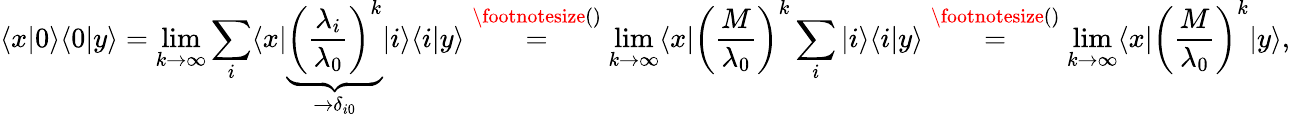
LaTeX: \langle x|0\rangle\langle 0|y\rangle=\operatorname*{lim}_{k\to\infty}\sum_{i}\langle x|\underbrace{\left(\frac{\lambda_{i}}{\lambda_{0}}\right)^{k}}_{\to\delta_{i0}}|i\rangle\langle i|y\rangle\overset{\footnotesize()}{=}\operatorname*{lim}_{k\to\infty}\langle x|\left(\frac{M}{\lambda_{0}}\right)^{k}\sum_{i}|i\rangle\langle i|y\rangle\overset{\footnotesize()}{=}\operatorname*{lim}_{k\to\infty}\langle x|\left(\frac{M}{\lambda_{0}}\right)^{k}|y\rangle,